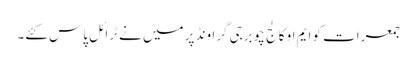
جمعرات کو ایم او کالج چوبرجی گراونڈ پر میں نے ٹرائل پاس کئے۔